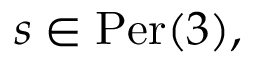
s \in { \mathrm { P e r } } ( 3 ) ,